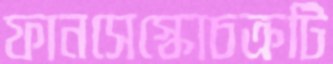
ফানসেস্কোচক্রটি